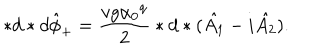
* d * d { \hat { \phi } } _ { + } = \frac { v g { \alpha _ { 0 } } ^ { q } } { 2 } * d * ( \hat { A _ { 1 } } - i \hat { A _ { 2 } } ) .